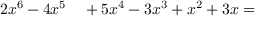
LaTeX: \begin{array} { r l } { 2 x ^ { 6 } - 4 x ^ { 5 } } & { { } + 5 x ^ { 4 } - 3 x ^ { 3 } + x ^ { 2 } + 3 x = } \end{array}